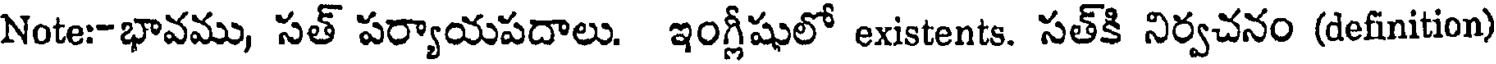
Note:-భావము, సత్ పర్యాయపదాలు. ఇంగ్లీషులో existents. సత్కి నిర్వచనం (definition)